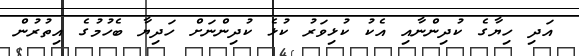
އަދި ހިޔާގެ ކުދިންނާއި އެކު ކުޅިވަރު ކުޅެ ކުދިންނަށް ހަދިޔާ ބެހުމުގެ އިތުރުން